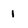
Character: 1